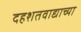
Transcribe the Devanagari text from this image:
दहशतवाद्याच्या